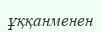
ұққанменен